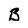
Character: B